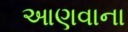
આણવાના